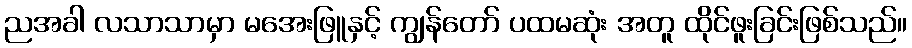
ညအခါ လသာသာမှာ မအေးဖြူနှင့် ကျွန်တော် ပထမဆုံး အတူ ထိုင်ဖူးခြင်းဖြစ်သည်။